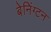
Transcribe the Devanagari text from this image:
बेनिंग्टन